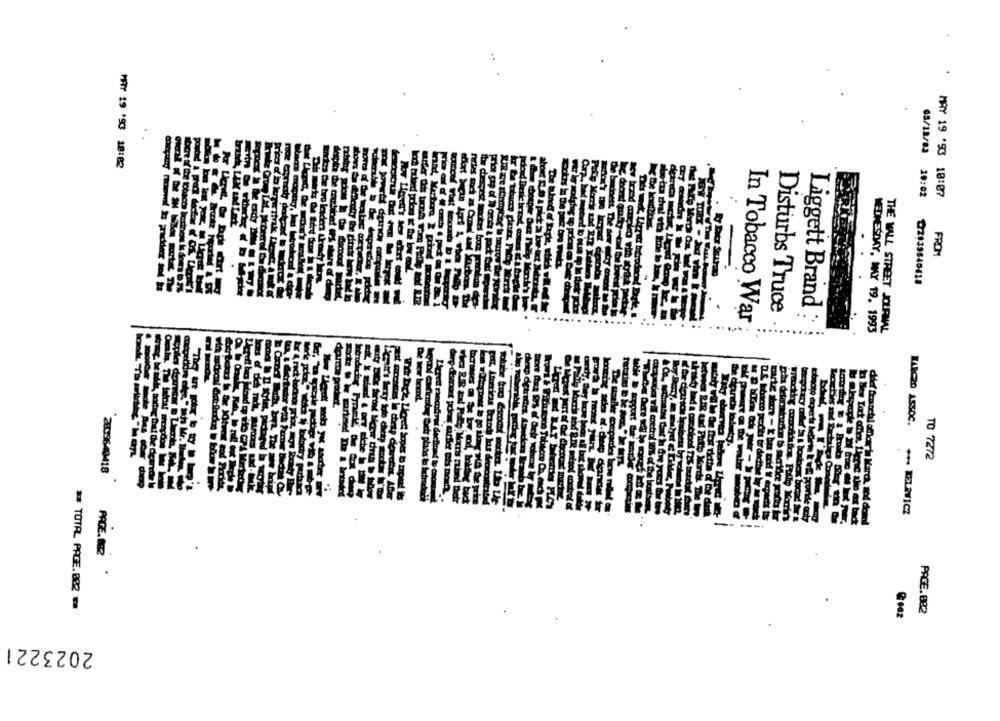
MAY 19 '93 18:82
03/15/83 10:02
MAY 19 '93 10:07
tobacob
FROM
02939840418
Disturbs Truce
In Tobacco War
Liggett Brand :
WEDNESDAY, MAY 19. 1993
THE WALL STREET JOURNAL
TO 7272
2809640418
he ccand
TARCZO ASSOC. + ZELRVICZ
PAGE.BR .
# TOTAL_ PAGE.882
PAGE. 082
2023221